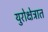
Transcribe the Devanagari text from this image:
युरोक्षेत्रात